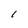
Character: 1